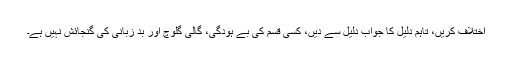
اختلاف کریں، تاہم دلیل کا جواب دلیل سے دیں، کسی قسم کی بے ہودگی، گالی گلوچ اور بد زبانی کی گنجائش نہیں ہے۔